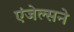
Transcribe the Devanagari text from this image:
एंजेल्सने